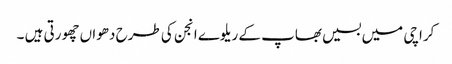
کراچی میں بسیں بھاپ کے ریلوے انجن کی طرح دھواں چھورتی ہیں ۔